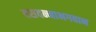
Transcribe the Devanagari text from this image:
बसवन्नाभगवान